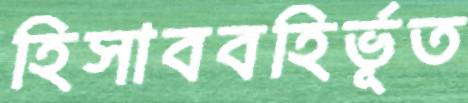
হিসাববহির্ভূত